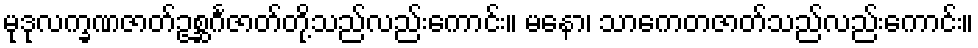
မုဒုလက္ခဏဇာတ်ဥစ္ဆင်္ဂဇာတ်တို့သည်လည်းကောင်း။ မနော၊ သာကေတဇာတ်သည်လည်းကောင်း။